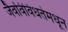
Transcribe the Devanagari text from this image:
जैवविविधतेमधून